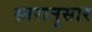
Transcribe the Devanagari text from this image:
स्तरानुसार